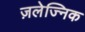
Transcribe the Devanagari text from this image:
ज़लेज्निक